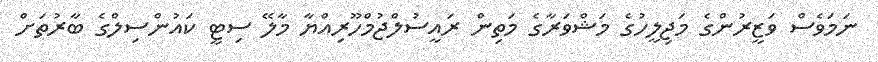
ނަމަވެސް ވަޒީރުންގެ މަޖިލީހުގެ މަޝްވަރާގެ މަތިން ރައީސުލްޖުމްހޫރިއްޔާ މާލޭ ސިޓީ ކައުންސިލްގެ ބާރުތަށް